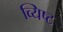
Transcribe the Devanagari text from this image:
व्यिष्ट